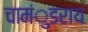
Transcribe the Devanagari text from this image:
चामंुडराय